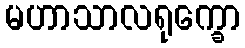
မဟာသာလရုက္ခော